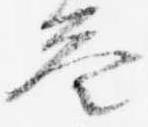
答